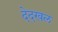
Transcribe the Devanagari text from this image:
देदखल